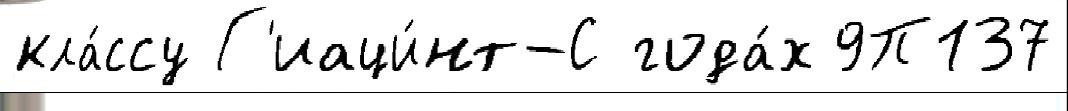
кла́ссу Г'иаци́нт-С года́х 9П137